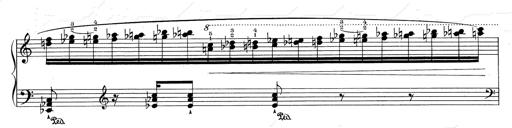
Title: RÃ©miniscences de Don Juan
Composer: Franz Liszt